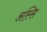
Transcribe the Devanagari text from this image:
अस्सि